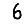
Digit: 6